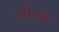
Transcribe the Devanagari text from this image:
सीरप्स